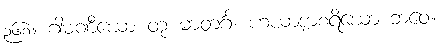
၃၆၈။ ဂါမဏီယော တု မာတင်္ဂ၊ ဟယာဒျာစရိယော ဘဝေ။